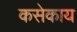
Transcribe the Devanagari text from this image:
कसेकाय